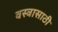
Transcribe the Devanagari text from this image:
वस्त्रासाठी